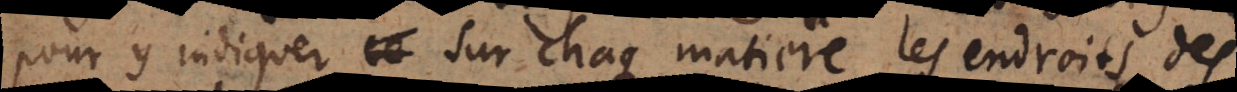
y indiquer sur chaque matiere les endroits des